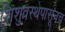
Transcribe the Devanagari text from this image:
शिशुवस्थेपासूनच